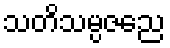
သတိသမ္ပဇညေ